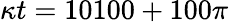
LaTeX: \kappa t=10100+100\pi